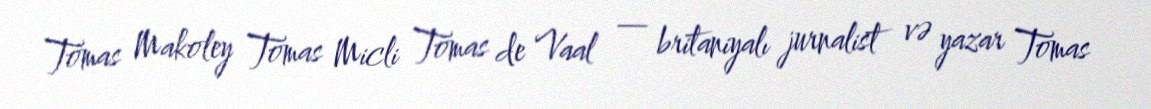
Tomas Makoley Tomas Micli Tomas de Vaal — britaniyalı jurnalist və yazar Tomas